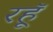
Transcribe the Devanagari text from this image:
रहॅू